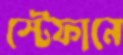
স্টেফানে